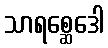
သာရစ္ဆေဒေါ